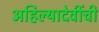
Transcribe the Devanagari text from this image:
अहिल्यादेवींची